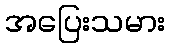
အပြေးသမား